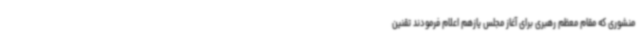
منشوری که مقام معظم رهبری برای آغاز مجلس یازهم اعلام فرمودند تقنین